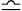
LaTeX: \bumpeq